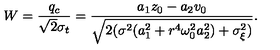
W = \frac { q _ { c } } { \sqrt { 2 } \sigma _ { t } } = \frac { a _ { 1 } z _ { 0 } - a _ { 2 } v _ { 0 } } { \sqrt { 2 ( \sigma ^ { 2 } ( a _ { 1 } ^ { 2 } + r ^ { 4 } { \omega _ { 0 } ^ { 2 } } a _ { 2 } ^ { 2 } ) + \sigma _ { \xi } ^ { 2 } ) } } .